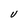
Character: V